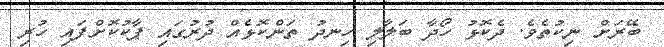
ބޭރަށް ނިކުތެވެ. ދެކޮޅު ހޯދާ ބަލާލި ހިނދު ތަންކޮޅެއް ދުރުގައި ޕާކުކޮށްފައި ހުރި